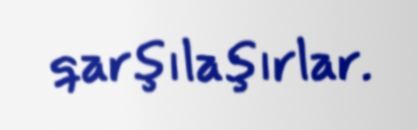
qarşılaşırlar.